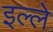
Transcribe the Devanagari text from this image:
इल्ले